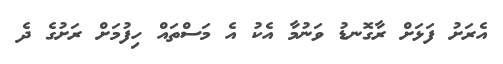
އެރަށު ފަޅަށް ރާގޮނޑު ވަނުމާ އެކު އެ މަސްތައް ހިފުމަށް ރަށުގެ ދެ